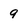
Character: 9